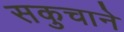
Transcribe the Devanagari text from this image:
सकुचाने